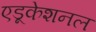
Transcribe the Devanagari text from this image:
एडूकेशनल